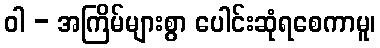
ဝါ - အကြိမ်များစွာ ပေါင်းဆုံရစေကာမူ၊